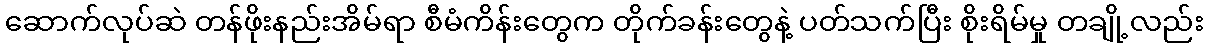
ဆောက်လုပ်ဆဲ တန်ဖိုးနည်းအိမ်ရာ စီမံကိန်းတွေက တိုက်ခန်းတွေနဲ့ ပတ်သက်ပြီး စိုးရိမ်မှု တချို့လည်း